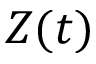
Z ( t )